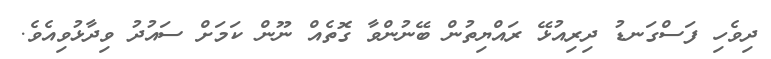
ދިވެހި ފަސްގަނޑު ދިރިއުޅޭ ރައްޔިތުން ބޭނުންވާ ގޮތެއް ނޫން ކަމަށް ސައުދު ވިދާޅުވިއެވެ.